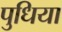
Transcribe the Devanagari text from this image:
पुधिया